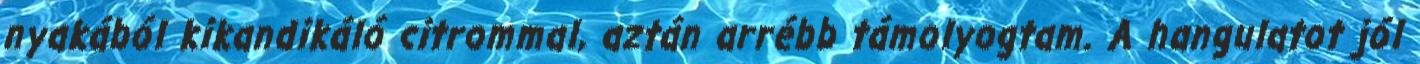
nyakából kikandikáló citrommal, aztán arrébb támolyogtam. A hangulatot jól